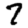
Digit: 7